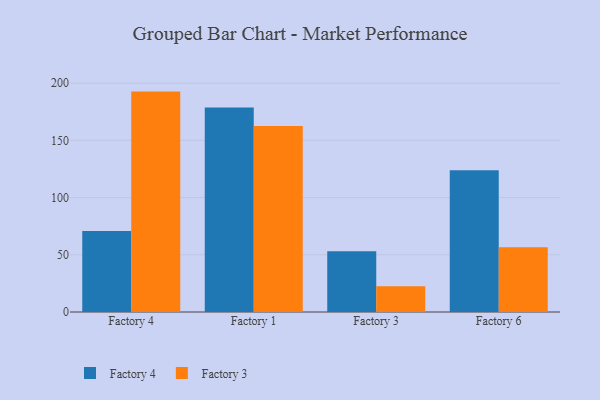
{"axis": {"x": "Factory", "y": "Operating Costs (USD K)"}, "legend": ["Factory 3", "Factory 4"], "data": [{"x": "Factory 4", "y": 70.8, "type": "Factory 4"}, {"x": "Factory 4", "y": 192.6, "type": "Factory 3"}, {"x": "Factory 1", "y": 178.7, "type": "Factory 4"}, {"x": "Factory 1", "y": 162.5, "type": "Factory 3"}, {"x": "Factory 3", "y": 53.0, "type": "Factory 4"}, {"x": "Factory 3", "y": 22.4, "type": "Factory 3"}, {"x": "Factory 6", "y": 123.8, "type": "Factory 4"}, {"x": "Factory 6", "y": 56.6, "type": "Factory 3"}]}